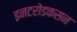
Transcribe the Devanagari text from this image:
इनटरोडकसन